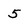
Character: 5